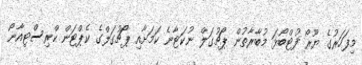
މިފަހަރުގެ ޔޫރޯ ފުޓްބޯޅަ މުބާރާތުން ޕޯޗުގަލް ނުކަޓާނެ ކަމަށާއި ޕޯޗުގަލްގެ ކެޕްޓަން ކްރިސްޓިއާނޯ